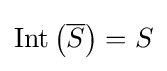
\operatorname {Int} \left({\overline {S}}\right)=S